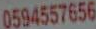
0594557656